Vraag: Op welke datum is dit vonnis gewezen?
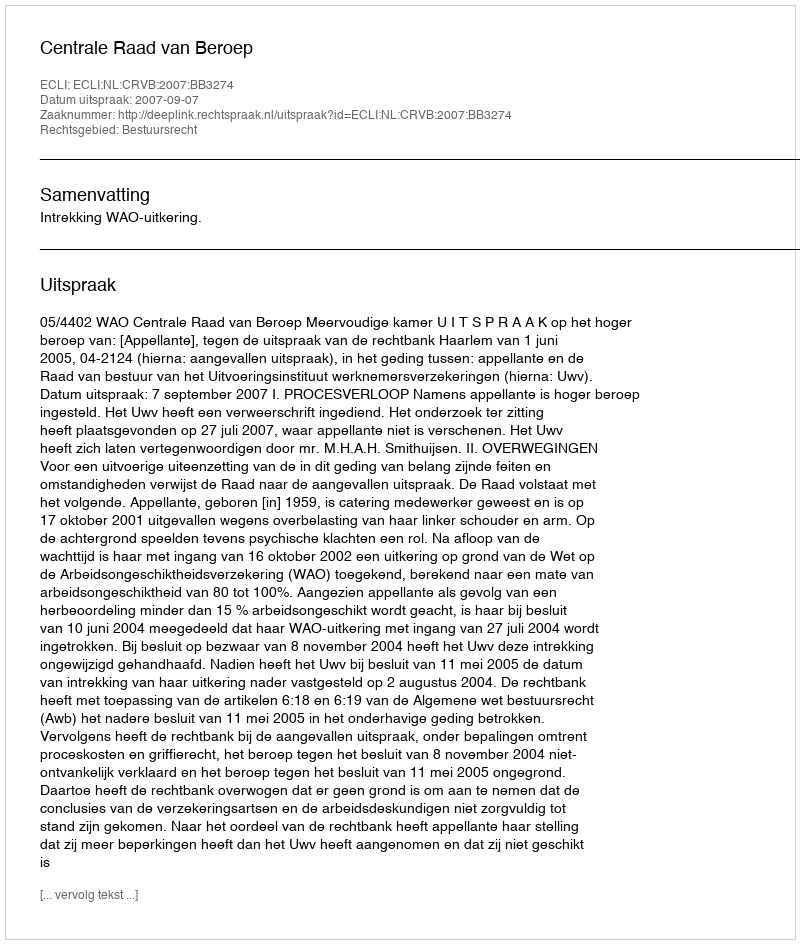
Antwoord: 2007-09-07